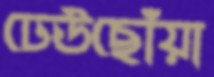
ঢেউছোঁয়া